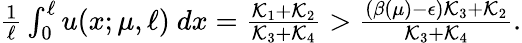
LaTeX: \begin{array}{r}{\frac{1}{\ell}\int_{0}^{\ell}u(x;\mu,\ell)\ dx=\frac{{\mathcal K}_{1}+{\mathcal K}_{2}}{{\mathcal K}_{3}+{\mathcal K}_{4}}>\frac{(\beta(\mu)-{\epsilon}){\mathcal K}_{3}+{\mathcal K}_{2}}{{\mathcal K}_{3}+{\mathcal K}_{4}}.}\end{array}